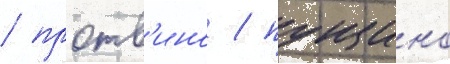
/ протв'ино / пущино